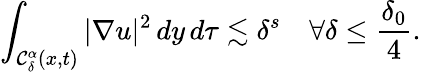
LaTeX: \int_{\mathcal{C}_{\delta}^{\alpha}(x,t)}|\nabla u|^{2}\, dy\, d\tau\lesssim\delta^{s}\quad\forall\delta\leq\frac{\delta_{0}}{4}.